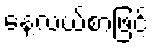
နေ့လယ်စာဖြင့်